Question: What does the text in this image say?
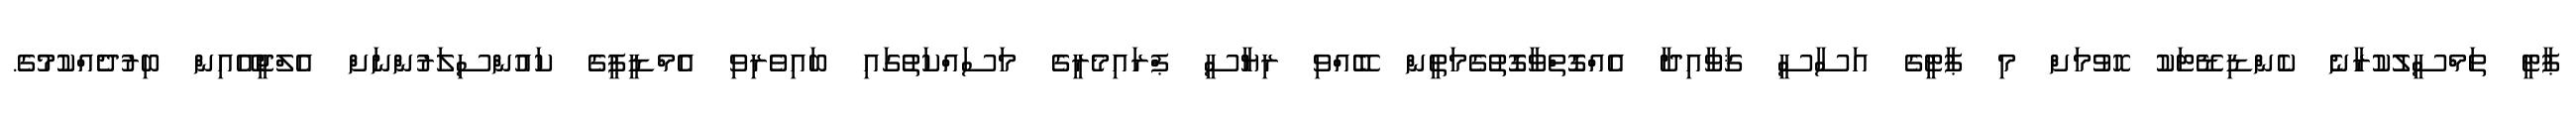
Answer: ޕާޓީ ތަމްސީލުކުރާނެ ކެންޑިޑޭޓަކު ހޮވުމަށް މި ޕާޓީގެ އަސާސީ ޤަވާއިދާ އެއްގޮތްވާގޮތުގެމަތީން ބޭއްވި ރިޔާސީ ޕްރައިމެރީގެ މަސައްކަތުގައި ބައިވެރިވި އެމްޑީޕީގެ ކައުންސިލަރުންނަށް އެލްޖީއޭއިން ބިރުދެއްކުމުގެ.